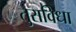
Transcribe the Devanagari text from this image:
तुराविधा